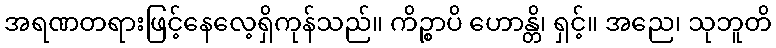
အရဏတရားဖြင့်နေလေ့ရှိကုန်သည်။ ကိဉ္စာပိ ဟောန္တိ၊ ရှင့်။ အညေ၊ သုဘူတိ